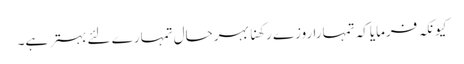
کیونکہ فرمایاکہ تمہارا روزے رکھنا بہرحال تمہارے لئے بہترہے۔